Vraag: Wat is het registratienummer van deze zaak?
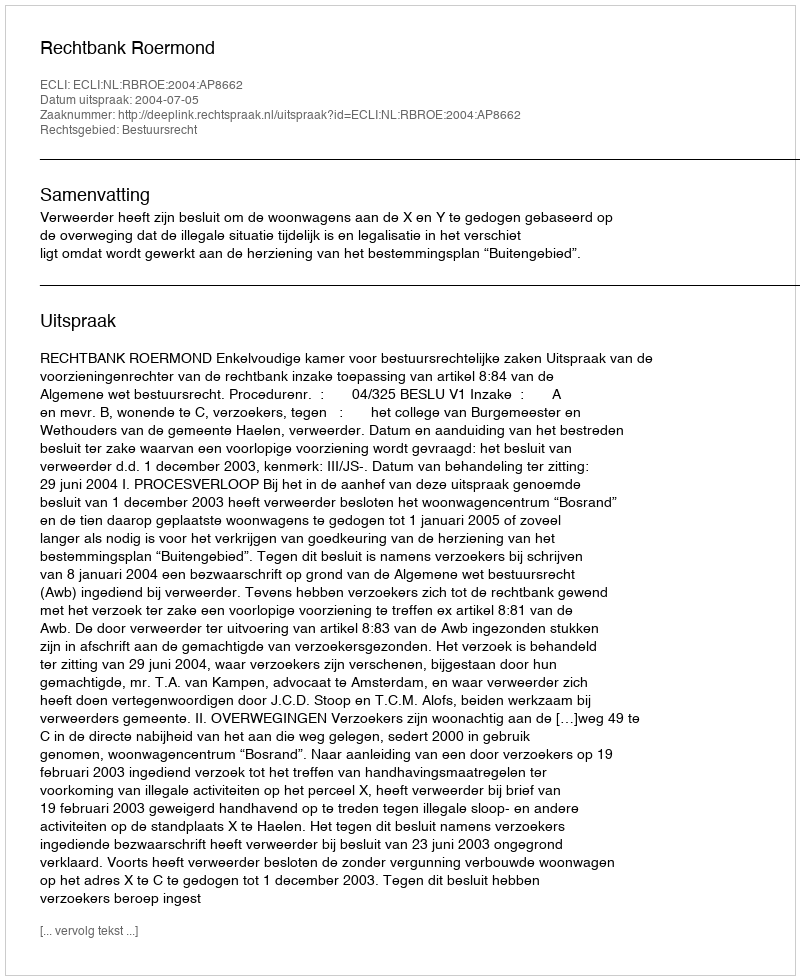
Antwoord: http://deeplink.rechtspraak.nl/uitspraak?id=ECLI:NL:RBROE:2004:AP8662